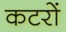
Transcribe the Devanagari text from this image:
कटरों